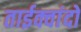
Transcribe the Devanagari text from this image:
ताईक्वांदो